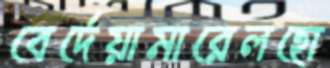
বের্দেয়ামারেলহো